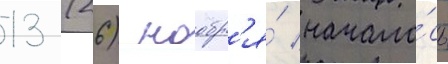
13 (26) ноабр'я́ начало́сь